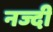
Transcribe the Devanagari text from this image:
नज्दी